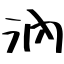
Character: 汭